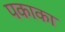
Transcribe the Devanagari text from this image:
पकाका